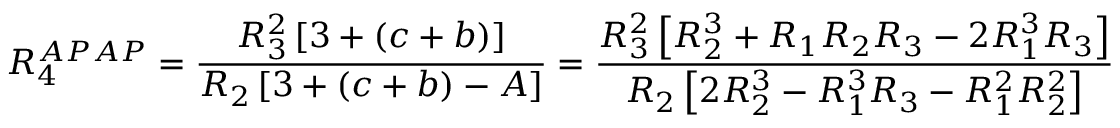
R _ { 4 } ^ { A P A P } = \frac { R _ { 3 } ^ { 2 } \left[ 3 + ( c + b ) \right] } { R _ { 2 } \left[ 3 + ( c + b ) - A \right] } = \frac { R _ { 3 } ^ { 2 } \left[ R _ { 2 } ^ { 3 } + R _ { 1 } R _ { 2 } R _ { 3 } - 2 R _ { 1 } ^ { 3 } R _ { 3 } \right] } { R _ { 2 } \left[ 2 R _ { 2 } ^ { 3 } - R _ { 1 } ^ { 3 } R _ { 3 } - R _ { 1 } ^ { 2 } R _ { 2 } ^ { 2 } \right] }